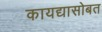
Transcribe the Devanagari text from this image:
कायद्यासोबत